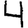
Digit: 4